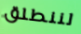
لننطلق